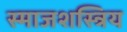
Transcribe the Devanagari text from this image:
स्माजशस्त्रिय